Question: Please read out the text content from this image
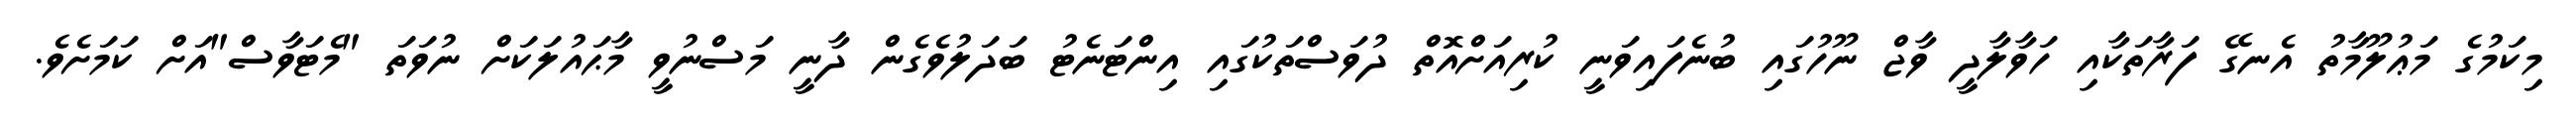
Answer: މިކަމުގެ މަޢުލޫމާތު އެނގޭ ފަރާތަކާއި ހަވާލާދީ ވާޖް ނޫހުގައި ބުނެފައިވަނީ ކުރިއަށްއޮތް ދުވަސްތަކުގައި އިންޓަނެޓު ބަދަލުވެގެން ދާނީ މަސްނުވީ މާޙައުލަކަށް ނުވަތަ "މެޓަވާސް"އަށް ކަމަށެވެ.